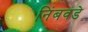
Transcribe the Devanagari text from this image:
निंबवडे